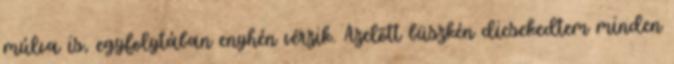
múlva is, egyfolytában enyhén vérzik. Azelõtt büszkén dicsekedtem minden